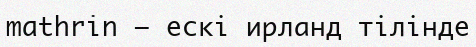
mathrin — ескі ирланд тілінде